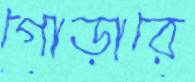
গোড়ারে